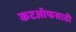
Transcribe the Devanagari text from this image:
कटऑफसाठी